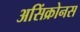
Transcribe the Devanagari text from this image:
असिंक्रोनस